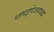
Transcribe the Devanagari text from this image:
व्तपइपेजवदद्ध